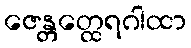
ဇေန္တတ္ထေရဂါထာ